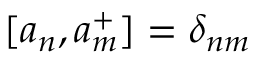
[ a _ { n } , a _ { m } ^ { + } ] = \delta _ { n m }